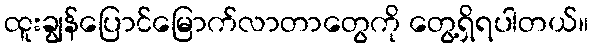
ထူးချွန်ပြောင်မြောက်လာတာတွေကို တွေ့ရှိရပါတယ်။